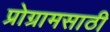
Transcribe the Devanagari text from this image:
प्रोग्रामसाठी